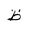
Letter: _za